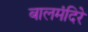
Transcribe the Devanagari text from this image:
बालमंदिरे